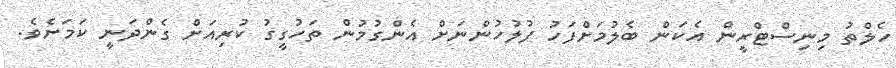
ހެލްތު މިނިސްޓްރީން އެކަން ބެލުމަށްފަހު ފުލުހުންނަށް އެންގުމުން ތަހުގީގު ކުރިއަށް ގެންދަނީ ކަމަށެވެ.